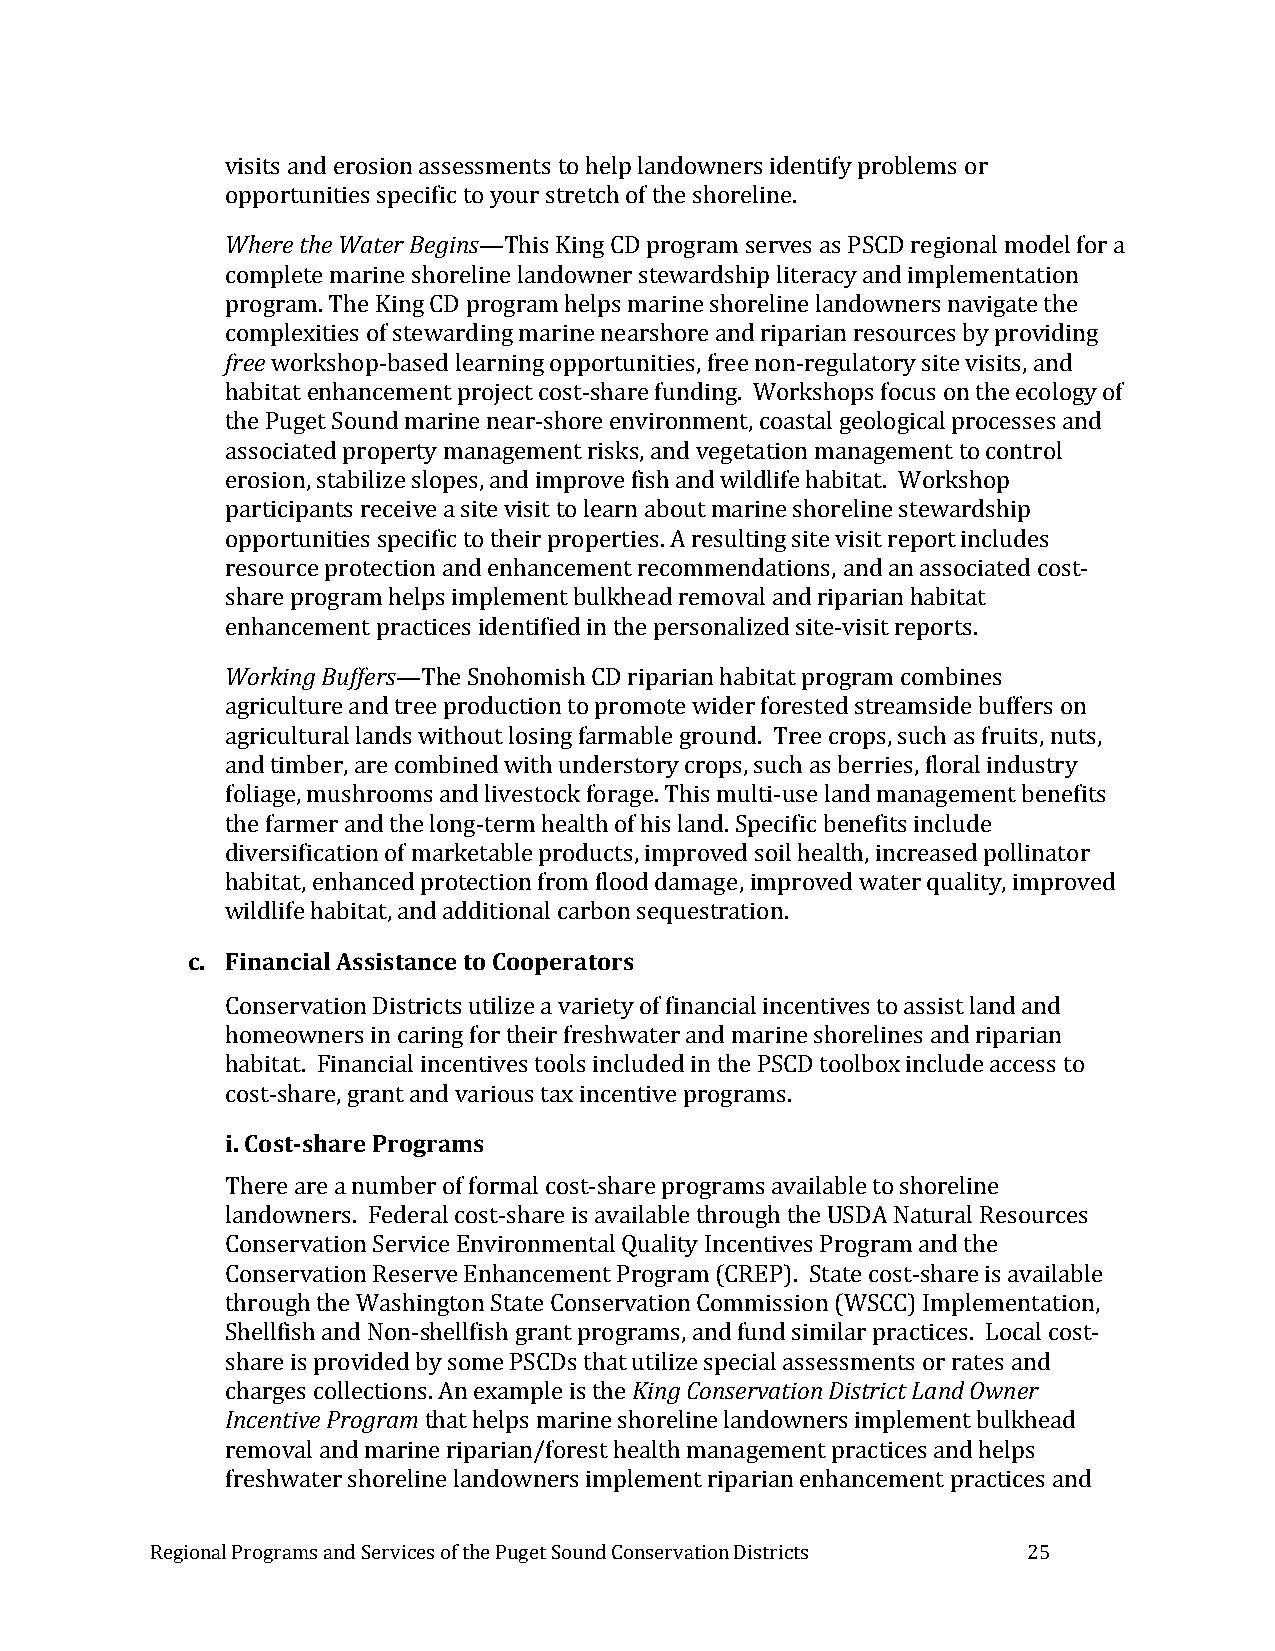
visits and erosion assessments to help landowners identify problems or
 opportunities specific to your stretch of the shoreline.
 Where the Water Begins—This King CD program serves as PSCD regional model for a
 complete marine shoreline landowner stewardship literacy and implementation
 program. The King CD program helps marine shoreline landowners navigate the
 complexities of stewarding marine nearshore and riparian resources by providing
 free workshop-based learning opportunities, free non-regulatory site visits, and
 habitat enhancement project cost-share funding. Workshops focus on the ecology of
 the Puget Sound marine near-shore environment, coastal geological processes and
 associated property management risks, and vegetation management to control
 erosion, stabilize slopes, and improve fish and wildlife habitat. Workshop
 participants receive a site visit to learn about marine shoreline stewardship
 opportunities specific to their properties. A resulting site visit report includes
 resource protection and enhancement recommendations, and an associated cost-
 share program helps implement bulkhead removal and riparian habitat
 enhancement practices identified in the personalized site-visit reports.
 Working Buffers—The Snohomish CD riparian habitat program combines
 agriculture and tree production to promote wider forested streamside buffers on
 agricultural lands without losing farmable ground. Tree crops, such as fruits, nuts,
 and timber, are combined with understory crops, such as berries, floral industry
 foliage, mushrooms and livestock forage. This multi-use land management benefits
 the farmer and the long-term health of his land. Specific benefits include
 diversification of marketable products, improved soil health, increased pollinator
 habitat, enhanced protection from flood damage, improved water quality, improved
 wildlife habitat, and additional carbon sequestration.
 c. Financial Assistance to Cooperators
 Conservation Districts utilize a variety of financial incentives to assist land and
 homeowners in caring for their freshwater and marine shorelines and riparian
 habitat. Financial incentives tools included in the PSCD toolbox include access to
 cost-share, grant and various tax incentive programs.
 i. Cost-share Programs
 There are a number of formal cost-share programs available to shoreline
 landowners. Federal cost-share is available through the USDA Natural Resources
 Conservation Service Environmental Quality Incentives Program and the
 Conservation Reserve Enhancement Program (CREP). State cost-share is available
 through the Washington State Conservation Commission (WSCC) Implementation,
 Shellfish and Non-shellfish grant programs, and fund similar practices. Local cost-
 share is provided by some PSCDs that utilize special assessments or rates and
 charges collections. An example is the King Conservation District Land Owner
 Incentive Program that helps marine shoreline landowners implement bulkhead
 removal and marine riparian/forest health management practices and helps
 freshwater shoreline landowners implement riparian enhancement practices and
 Regional Programs and Services of the Puget Sound Conservation Districts 25